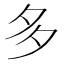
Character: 多